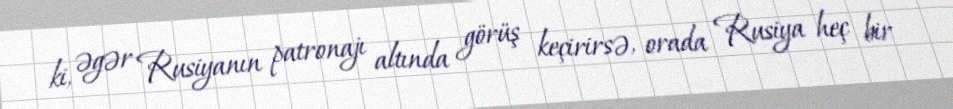
ki, əgər Rusiyanın patronajı altında görüş keçirirsə, orada Rusiya heç bir